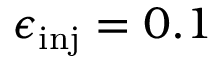
\epsilon _ { \mathrm { i n j } } = 0 . 1